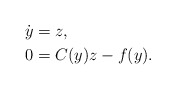
\begin{align*}\dot y &= z, \\0 &= C(y)z-f(y).\end{align*}